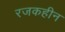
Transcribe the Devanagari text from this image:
रजकहीन